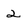
Character: 2